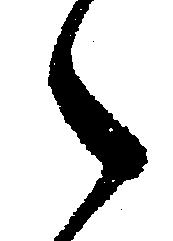
之